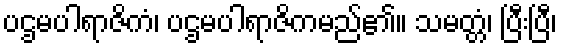
ပဌမပါရာဇိကံ၊ ပဌမပါရာဇိကမည်၏။ သမတ္တံ၊ ပြီးပြီ၊